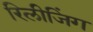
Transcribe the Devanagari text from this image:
रिलीजिंग